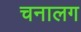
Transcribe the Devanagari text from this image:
चनालग